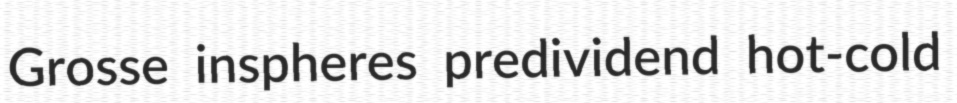
Grosse inspheres predividend hot-cold